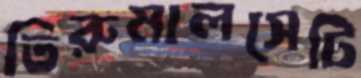
তিরুমালসেটি